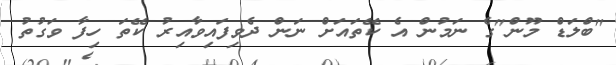
"ބްލަޑް މޫން"ގެ ނަމުން އެ ކޭތައަށް ނަން ދެވިފައިވާއިރު ކޭތަ ހިފާ ވަގުތު